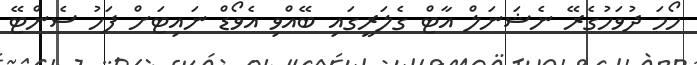
ހޯމަ ދުވަހުގެރޭ ނެޝަނަލް އާޓް ގެލަރީގައި ބޭއްވި އެވޯޑް ނައިޓަށް ފަހު ސެންޓޭ